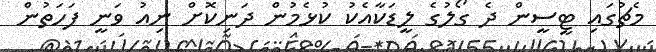
މެޗުގައި ޓީސީން ދެ ގޯލުގެ ލީޑަކާއެކު ކުޅެމުން ދަނިކޮށް ނިއު ވަނީ ފަހަތުން